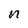
Character: n